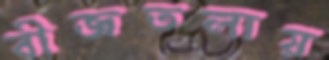
বীজতলায়